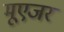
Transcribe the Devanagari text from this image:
मूएजर